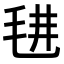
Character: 𣭌